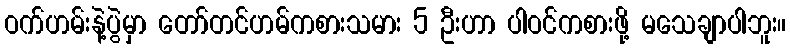
ဝက်ဟမ်းနဲ့ပွဲမှာ တော်တင်ဟမ်ကစားသမား 5 ဦးဟာ ပါဝင်ကစားဖို့ မသေချာပါဘူး။